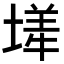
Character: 㙚